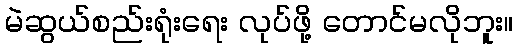
မဲဆွယ်စည်းရုံးရေး လုပ်ဖို့ တောင်မလိုဘူး။